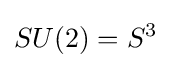
SU(2)=S^{3}